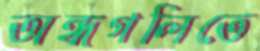
অন্ধগলিতে